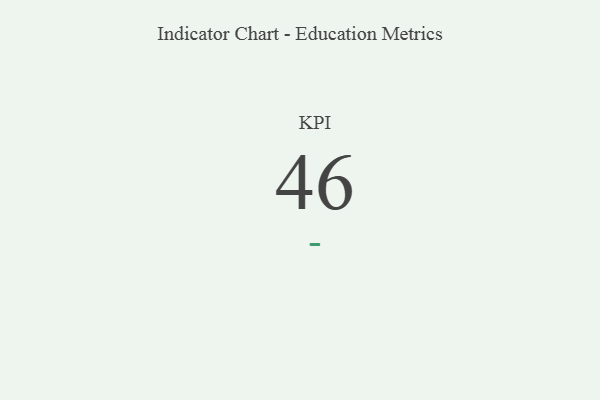
{"axis": {"x": "KPI", "y": "Value"}, "legend": [""], "data": [{"x": "KPI", "y": 46, "type": ""}]}